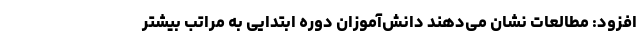
افزود: مطالعات نشان می‌دهند دانش‌آموزان دوره ابتدایی به مراتب بیشتر